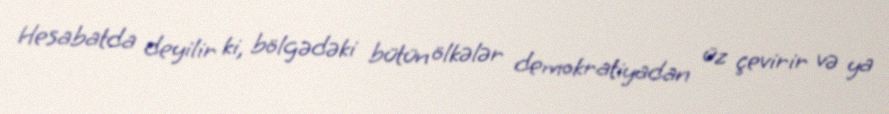
Hesabatda deyilir ki, bölgədəki bütün ölkələr demokratiyadan üz çevirir və ya